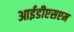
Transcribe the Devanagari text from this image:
आईडीएसएम